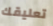
تعليقك